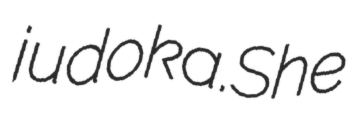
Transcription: judoka.She